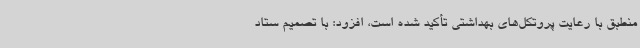
منطبق با رعایت پروتکل‌های بهداشتی تأکید شده است، افزود: با تصمیم ستاد